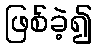
ဖြစ်ခဲ့၍